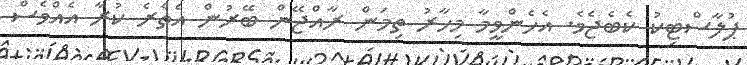
ޕުލާސްޓިކު ކެބެޖެވެ. އެހެންވީމާ މިހާރު ތިމަން ރާއްޖޭން ބޭރުން އެތެރެ ކުރާ އެއްވެސް